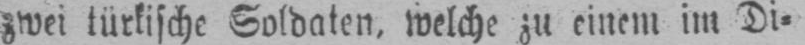
zwei türkische Soldaten, welche zu einem, im Di⸗